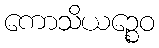
ကောသိယဉ္စေဝ